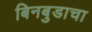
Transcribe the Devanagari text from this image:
बिनबुडाचा